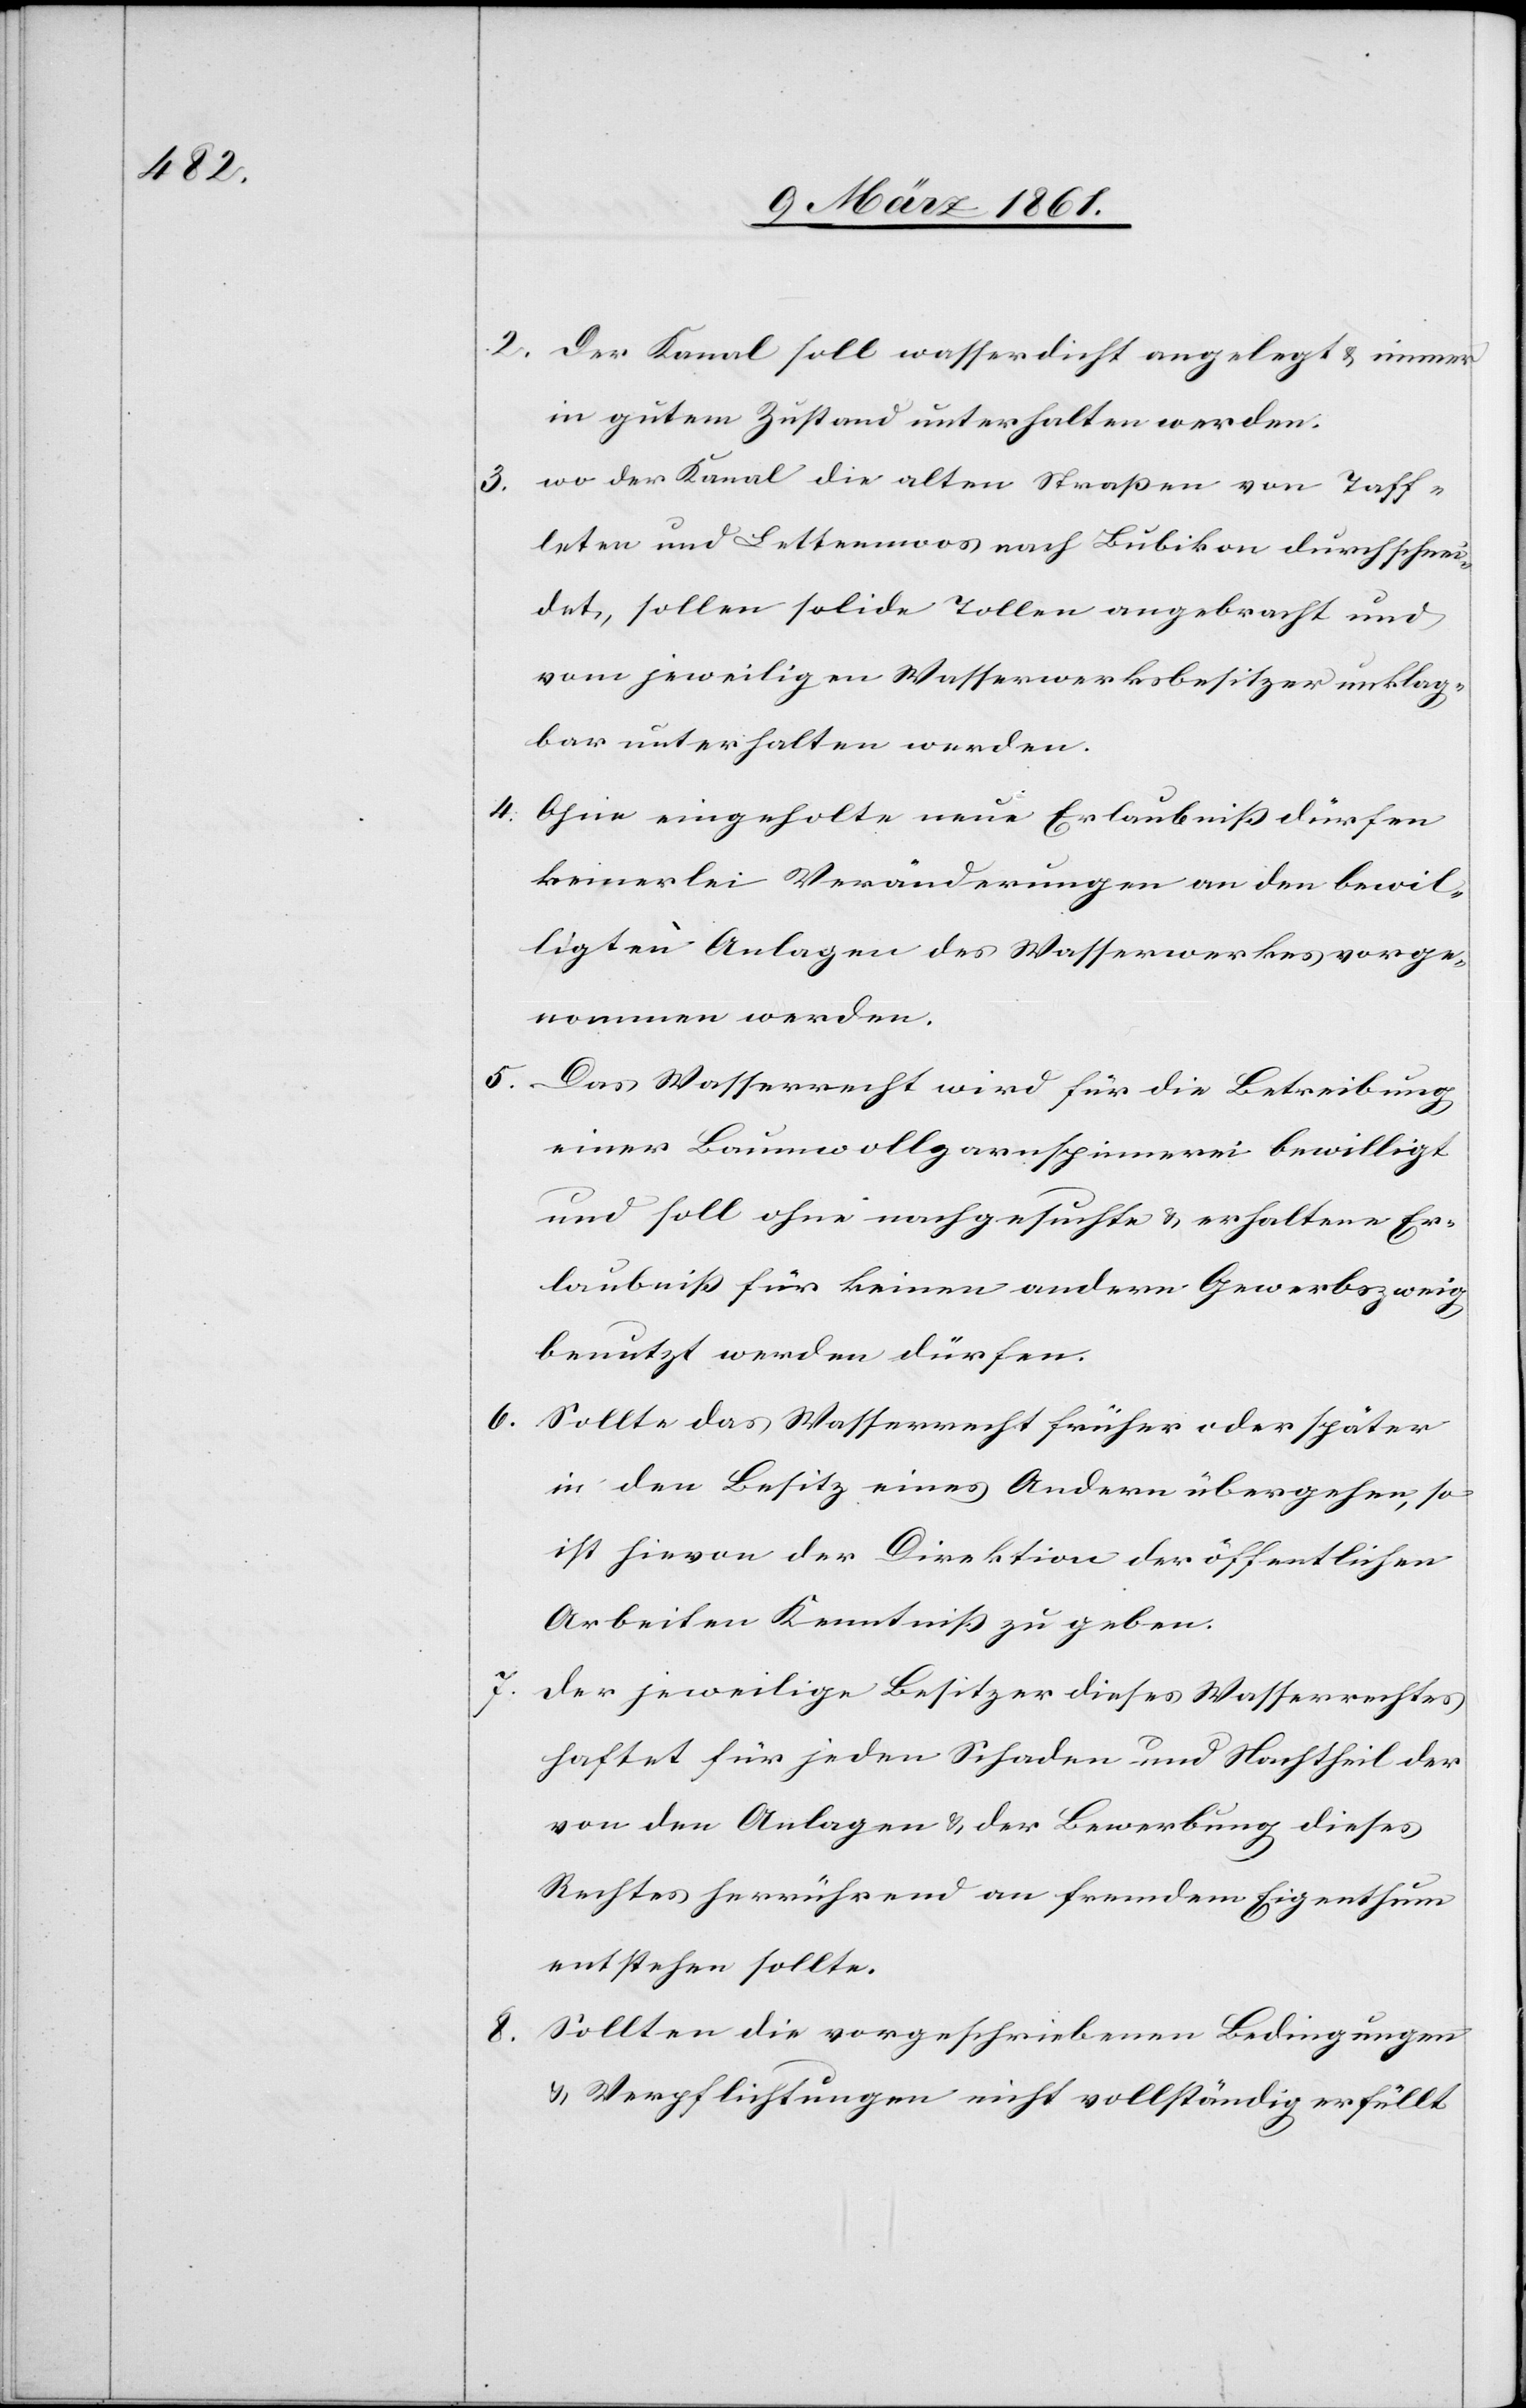
5.

8.

2. Der Kanal soll wasserdicht angelegt u. immer
in gutem Zustand unterhalten werden.
3. Wo der Kanal die alten Strassen von Taff¬
leten und Lettenmoos nach Bubikon durchschnei¬
det, sollen solide Tollen angebracht und
vom jeweiligen Wasserwerksbesitzer unklag¬
bar unterhalten werden.
4. Ohne eingeholte neue Erlaubniss dürfen
keinerlei Veränderungen an den bewil¬
ligten Anlagen des Wasserwerkes vorge¬
nommen werden.
Das Wasserrecht wird für die Betreibung
einer Baumwollgarnspinnerei bewilligt
und soll ohne nachgesuchte u. erhaltene Er¬
laubniss für keinen andern Gewerbszweig
benutzt werden dürfen.
6. Sollte das Wasserrecht früher oder später
in den Besitz eines Andern übergehen, so
ist hievon der Direktion der öffentlichen
Arbeiten Kenntniss zu geben.
Der jeweilige Besitzer dieses Wasserrechtes
haftet für jeden Schaden und Nachtheil der
von den Anlagen u. der Bewerbung dieses
Rechtes herrührend an fremdem Eigenthum
entstehen sollte.
Sollten die vorgeschriebenen Bedingungen
u. Verpflichtungen nicht vollständig erfüllt